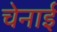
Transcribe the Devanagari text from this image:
चेनाई